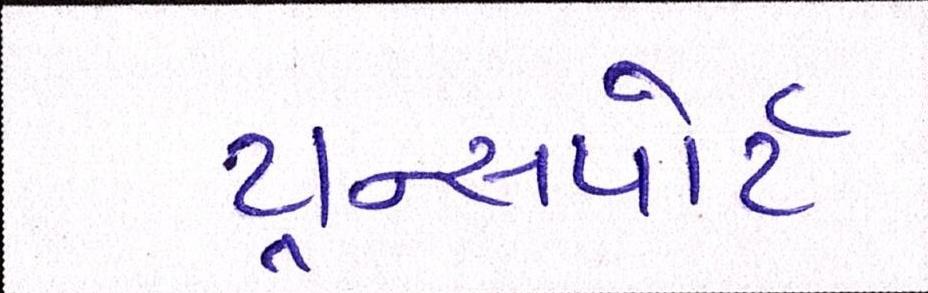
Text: ટ્રાન્સ્પોર્ટ